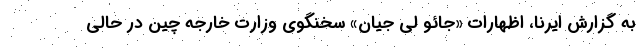
به گزارش ایرنا، اظهارات «جائو لی جیان» سخنگوی وزارت خارجه چین در حالی